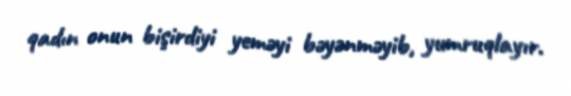
qadın onun bişirdiyi yeməyi bəyənməyib, yumruqlayır.